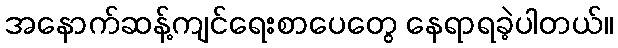
အနောက်ဆန့်ကျင်ရေးစာပေတွေ နေရာရခဲ့ပါတယ်။